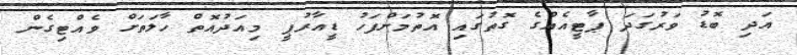
އަދި ބޮޑު ވަރުގަދަ ޕާޓީއެއްގެ ގޮތުގައި އޮތުމަށްފަހު ޑީއާރުޕީ މިއަދުއޮތް ހާލަތަށް ވެއްޓިގެން